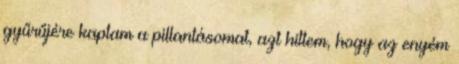
gyűrűjére kaptam a pillantásomat, azt hittem, hogy az enyém